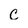
Character: c